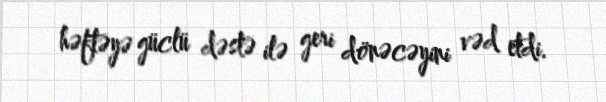
həftəyə güclü dəstə ilə geri dönəcəyini vəd etdi.